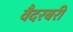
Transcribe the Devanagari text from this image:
वैदरबरी